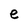
Character: e